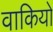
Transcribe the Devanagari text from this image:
वाकियो